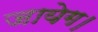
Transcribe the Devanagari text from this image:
जायेग।